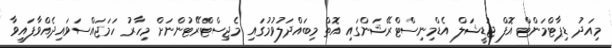
މިއަދު ޑިޕާޓްމަންޓް އޮފް ޖުޑީޝަލް އެޑްމިނިސްޓްރޭޝަންގައި އޮތް މިބައްދަލުވުމުގައި މެޖިސްޓްރޭޓުންނަށް މިހާރު ހަމަޖައްސަވައިދެއްވާފައިވާ